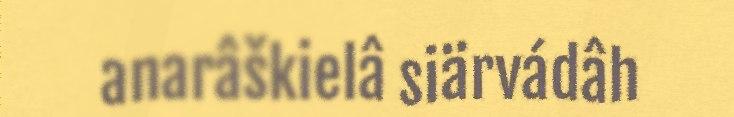
anarâškielâ siärvádâh